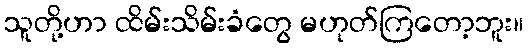
သူတို့ဟာ ထိမ်းသိမ်းခံတွေ မဟုတ်ကြတော့ဘူး။